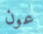
عون